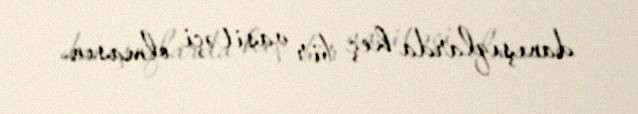
danışıqlarda heç bir vasitəçi olmasın.